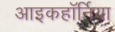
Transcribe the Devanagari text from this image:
आइकहॉर्निया